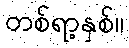
တစ်ရာ့နှစ်။